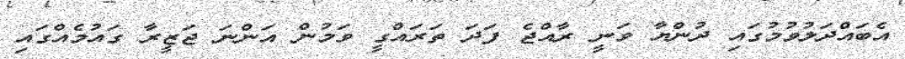
އެބައްދަލުވުމުގައި ދުންޔާ ވަނީ ރާއްޖެ ފަދަ ތަރައްގީ ވަމުން އަންނަ ޖަޒީރާ ގައުމެއްގައި